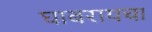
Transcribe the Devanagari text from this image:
घाबरायचा